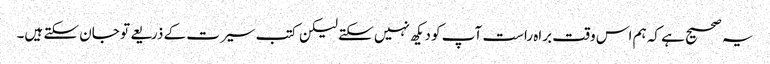
یہ صحیح ہے کہ ہم اس وقت براہ راست آپ کو دیکھ نہیں سکتے لیکن کتب سیرت کے ذریعے تو جان سکتے ہیں۔